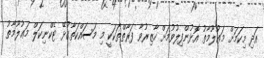
އަދި މިކަމަށް މަޢުލޫމާތު އޮޅުންފިލުވުމަށް ހާޒިރުވާ ފަރާތްތަކަކީ މި މަސައްކަތާގުޅޭ ޓެކްނިކަލް މަޢުލޫމާތު